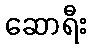
ဆောရီး